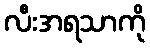
လီးအရသာကို